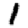
Digit: 1